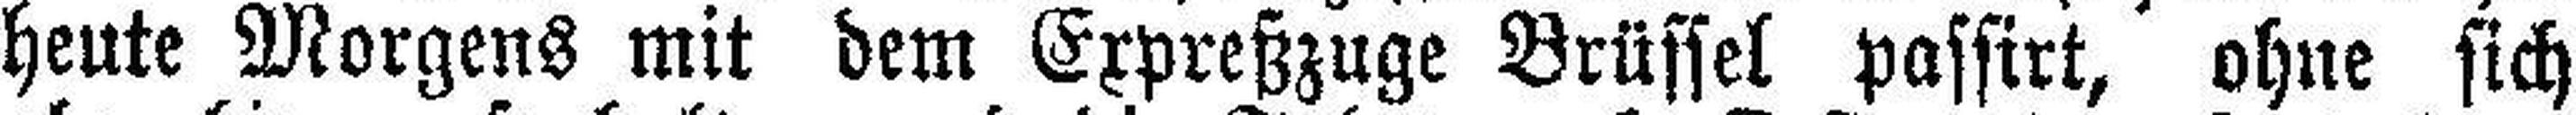
heute Morgens mit dem Expreßzuge Brüssel passirt, ohne sich